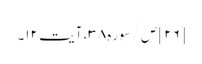
[۲۶] ص/سوره۳۸، آیت ۱۲۔